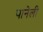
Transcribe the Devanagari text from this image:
पानेली